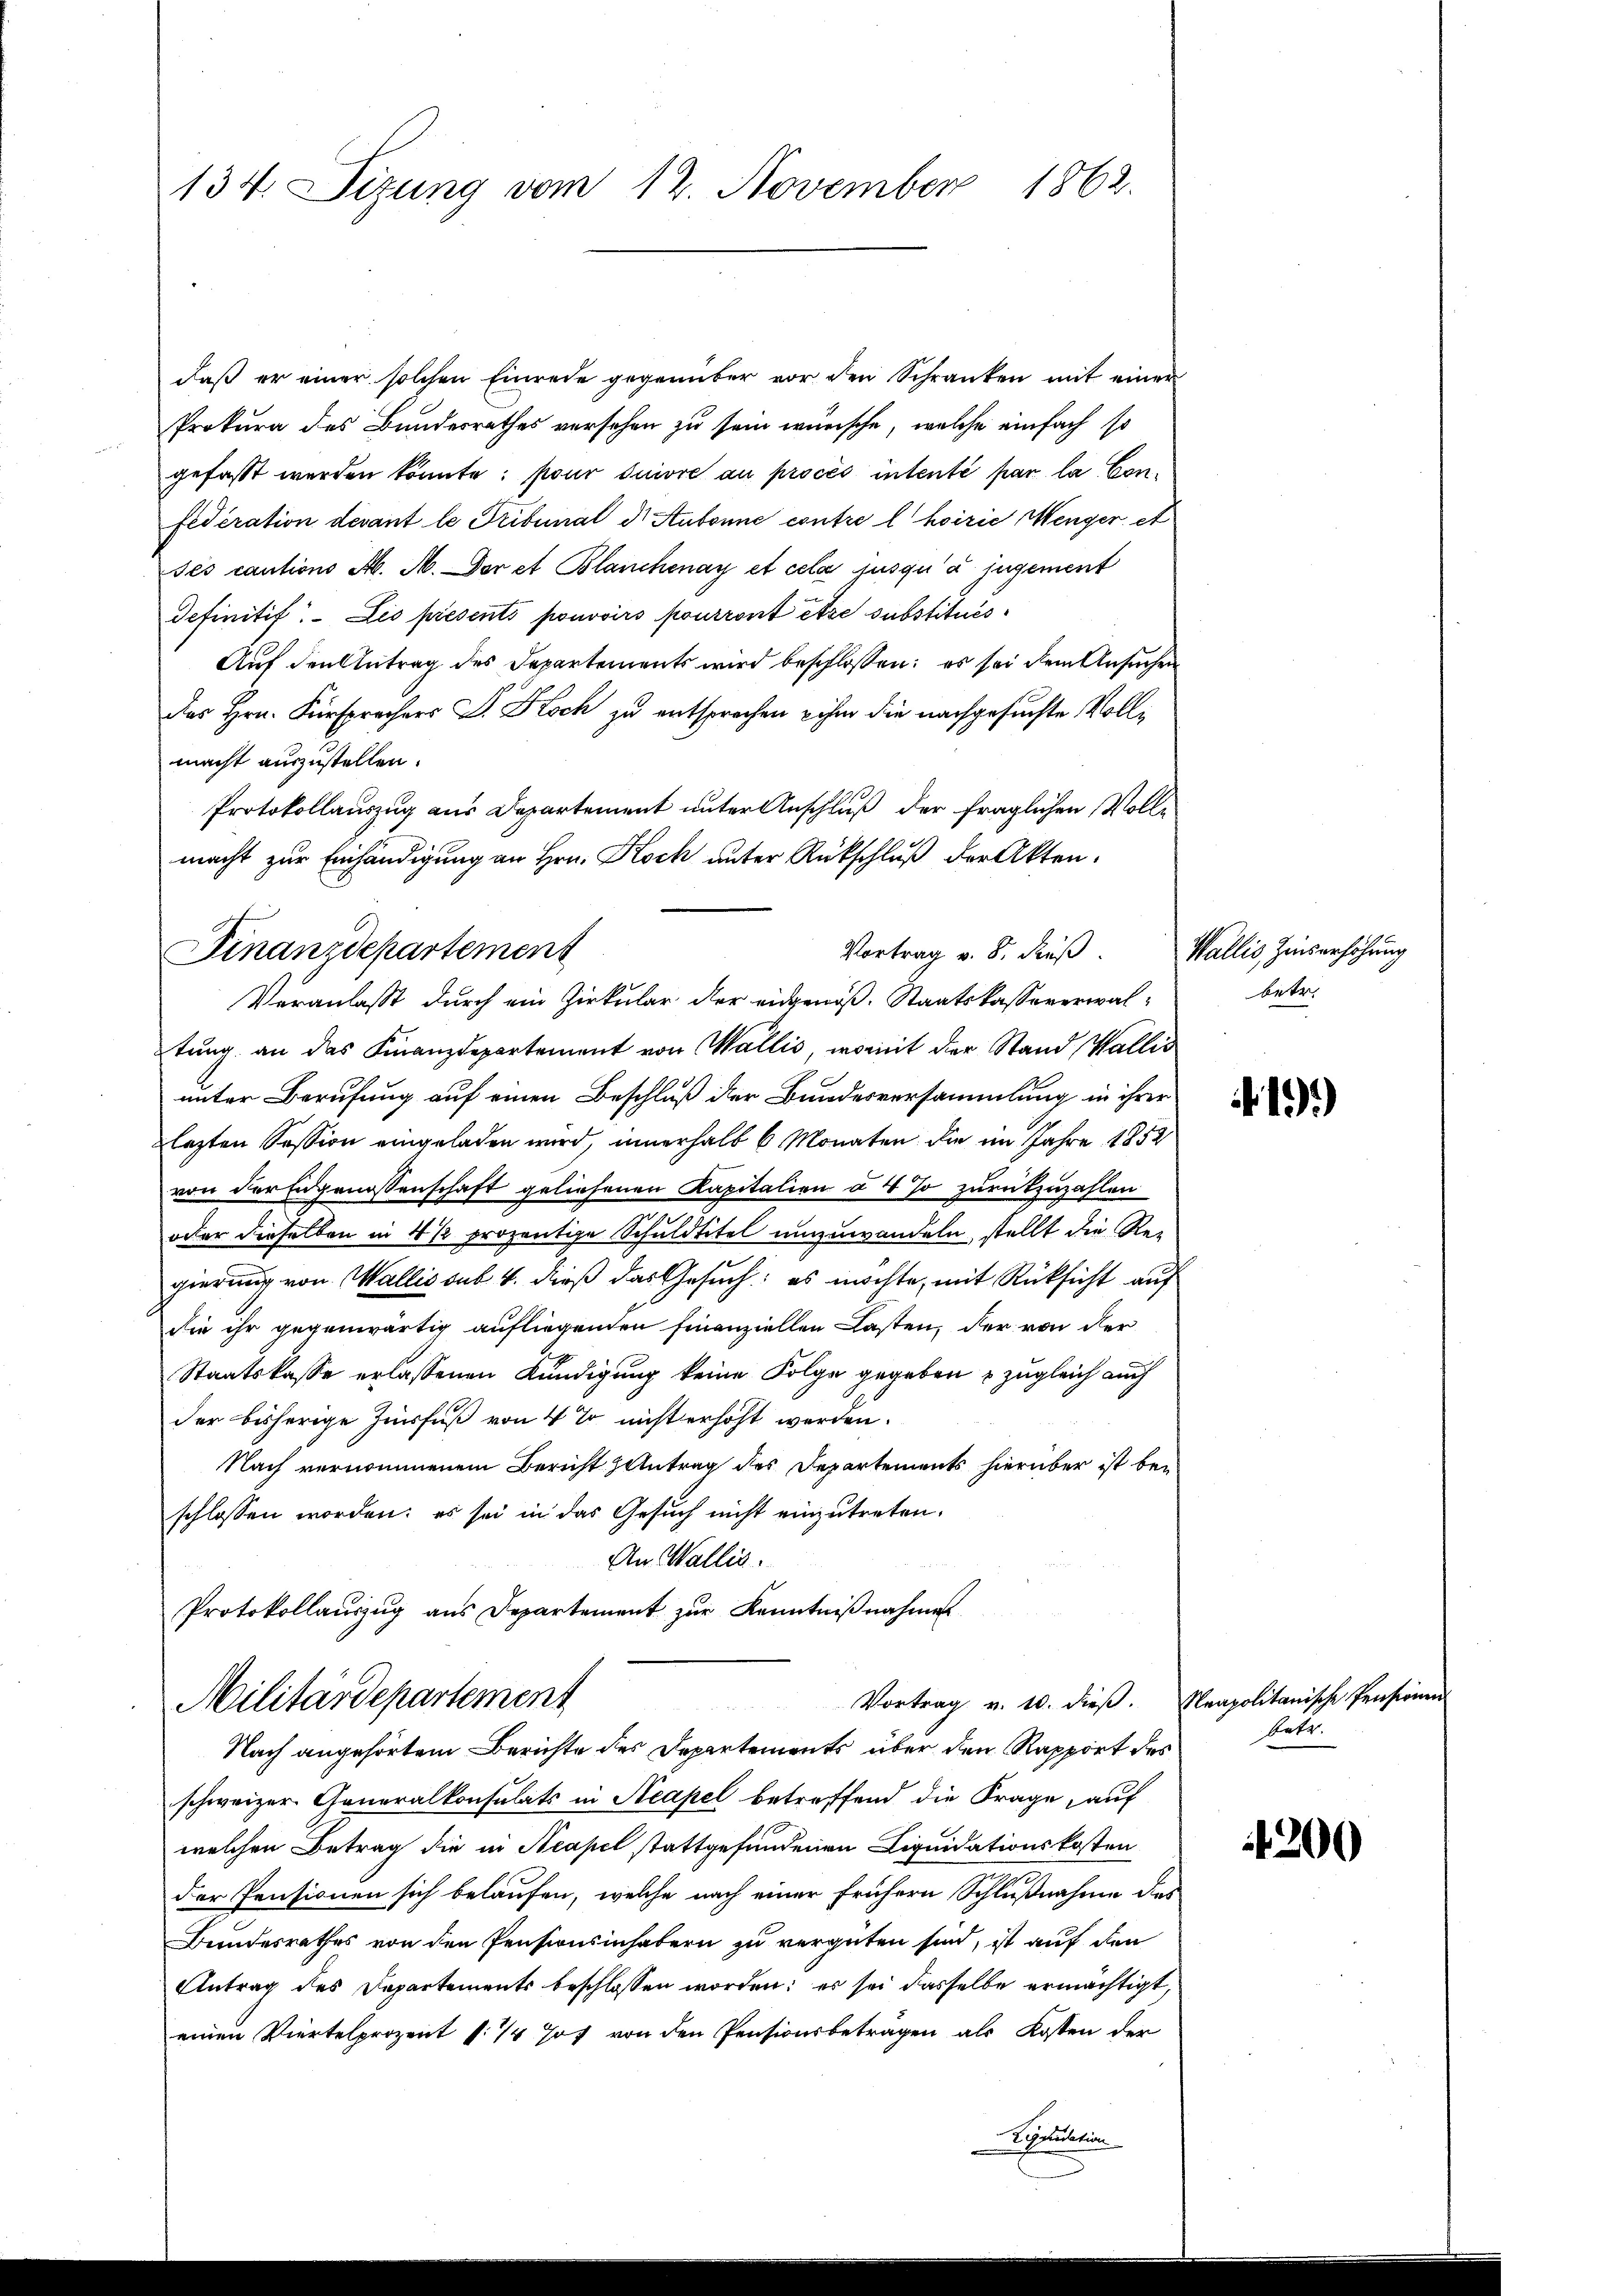
134. Sizung vom 12. November 1862.

daß er einer solchen Einrede gegenüber vor den Schranken mit einer
Prokura des Bundesrathes versehen zu sein würsche, welche einfach so
gefasst werden könnte: pour suivre au procès intenté par la Confederation devant le Tribunal d. Aubonne contre l hoirie Menger et
sés cautions A. A. Der et Blanchenay et cela jusqu’ à jugement
definitif. Les présents pouvoirs pourront être substitués
Auf den Antrag des Departements wird beschlossen: es sei dem Ansuchen
des Hrn. Fürsprechers J. Koch zu entsprechen ihm die nachgesuchte Vollmacht auszustellen.
Protokollauszug aus Departement unter Anschluß der fraglichen Vollmacht zur Einhändigung an Hrn. Koch unter Rückschluß der Akten.
Veranlasst durch ein Zirkular der eidgenoß- Staatskassaverwaltung an das Finanzdepartement von Wallis, womit der Stand Wallis
unter Berufung auf einen Beschluß der Bundesversammlung in ihrer
lezten Session eingeladen wird, innerhalb 6 Monaten die im Jahre 1852
von der Eidgenossenschaft geliefenen Kapitalien à 4. So zurückzuzahlen
oder dieselben in 4 ½ prozentige Schuldtitel umzuwandeln, stellt die Re-
gierung von Wallis sub. 4. dieß das Gesuch: es möchte, mit Rücksicht auf
die ihr gegenwärtig aufliegenden finanziellen Lasten, der von der
Staatskasse erlassenen Kündigung keine Folge gegeben zugleich auch
der bisherige Zinsfuß von 4 % nicht erhöht werden.
Nach vernommenem Bericht Antrag des Departements hierüber ist beschlossen worden: es sei in das Gesuch nicht einzutreten.
An Wallis.
Protokollauszug aus Departement zŭr Kenntniβnahmen

Finanzdepartement

Vortrag v. 8. dieß. Wallis Zinserhöhung

Militärdepartement
Nach angehörtem Berichte des Departements über den Rapport des

schweizer Generalkonsulats in Neapel betreffend die Frage, auf
welchen Betrag die in Neapel stattgefundenen Liquidationskosten
der Pensionen sich belaufen, welche nach einer frühern Schlußnahme des
Bundesrathes von den Pensionsinhabern zu vergüten sind, ist auf den
Antrag des Departements beschlossen worden; es sei dasselbe ermächtigt,
einen Viertelprozent s: Hof von den Pensionsbetragen als Kosten der
Pennation

betr.

1)

Vortrag v. 10. dieβ. Neapolitanische Pensionen
betr.

200